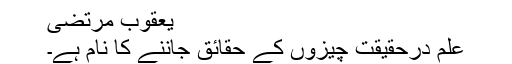
یعقوب مرتضی
علم درحقیقت چیزوں کے حقائق جاننے کا نام ہے۔